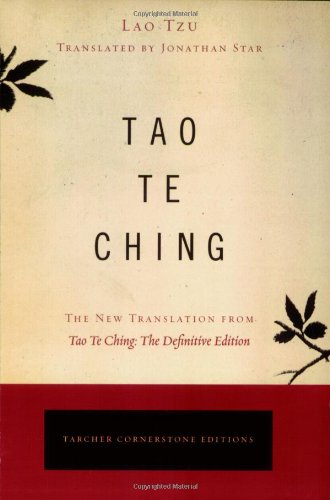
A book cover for Tao Te Ching: The New Translation from Tao Te Ching, The Definitive Edition (Tarcher Cornerstone Editions); Lao Tzu; Religion & Spirituality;